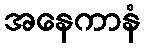
အနေကာနံ